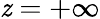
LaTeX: \mathit{z}=+\infty